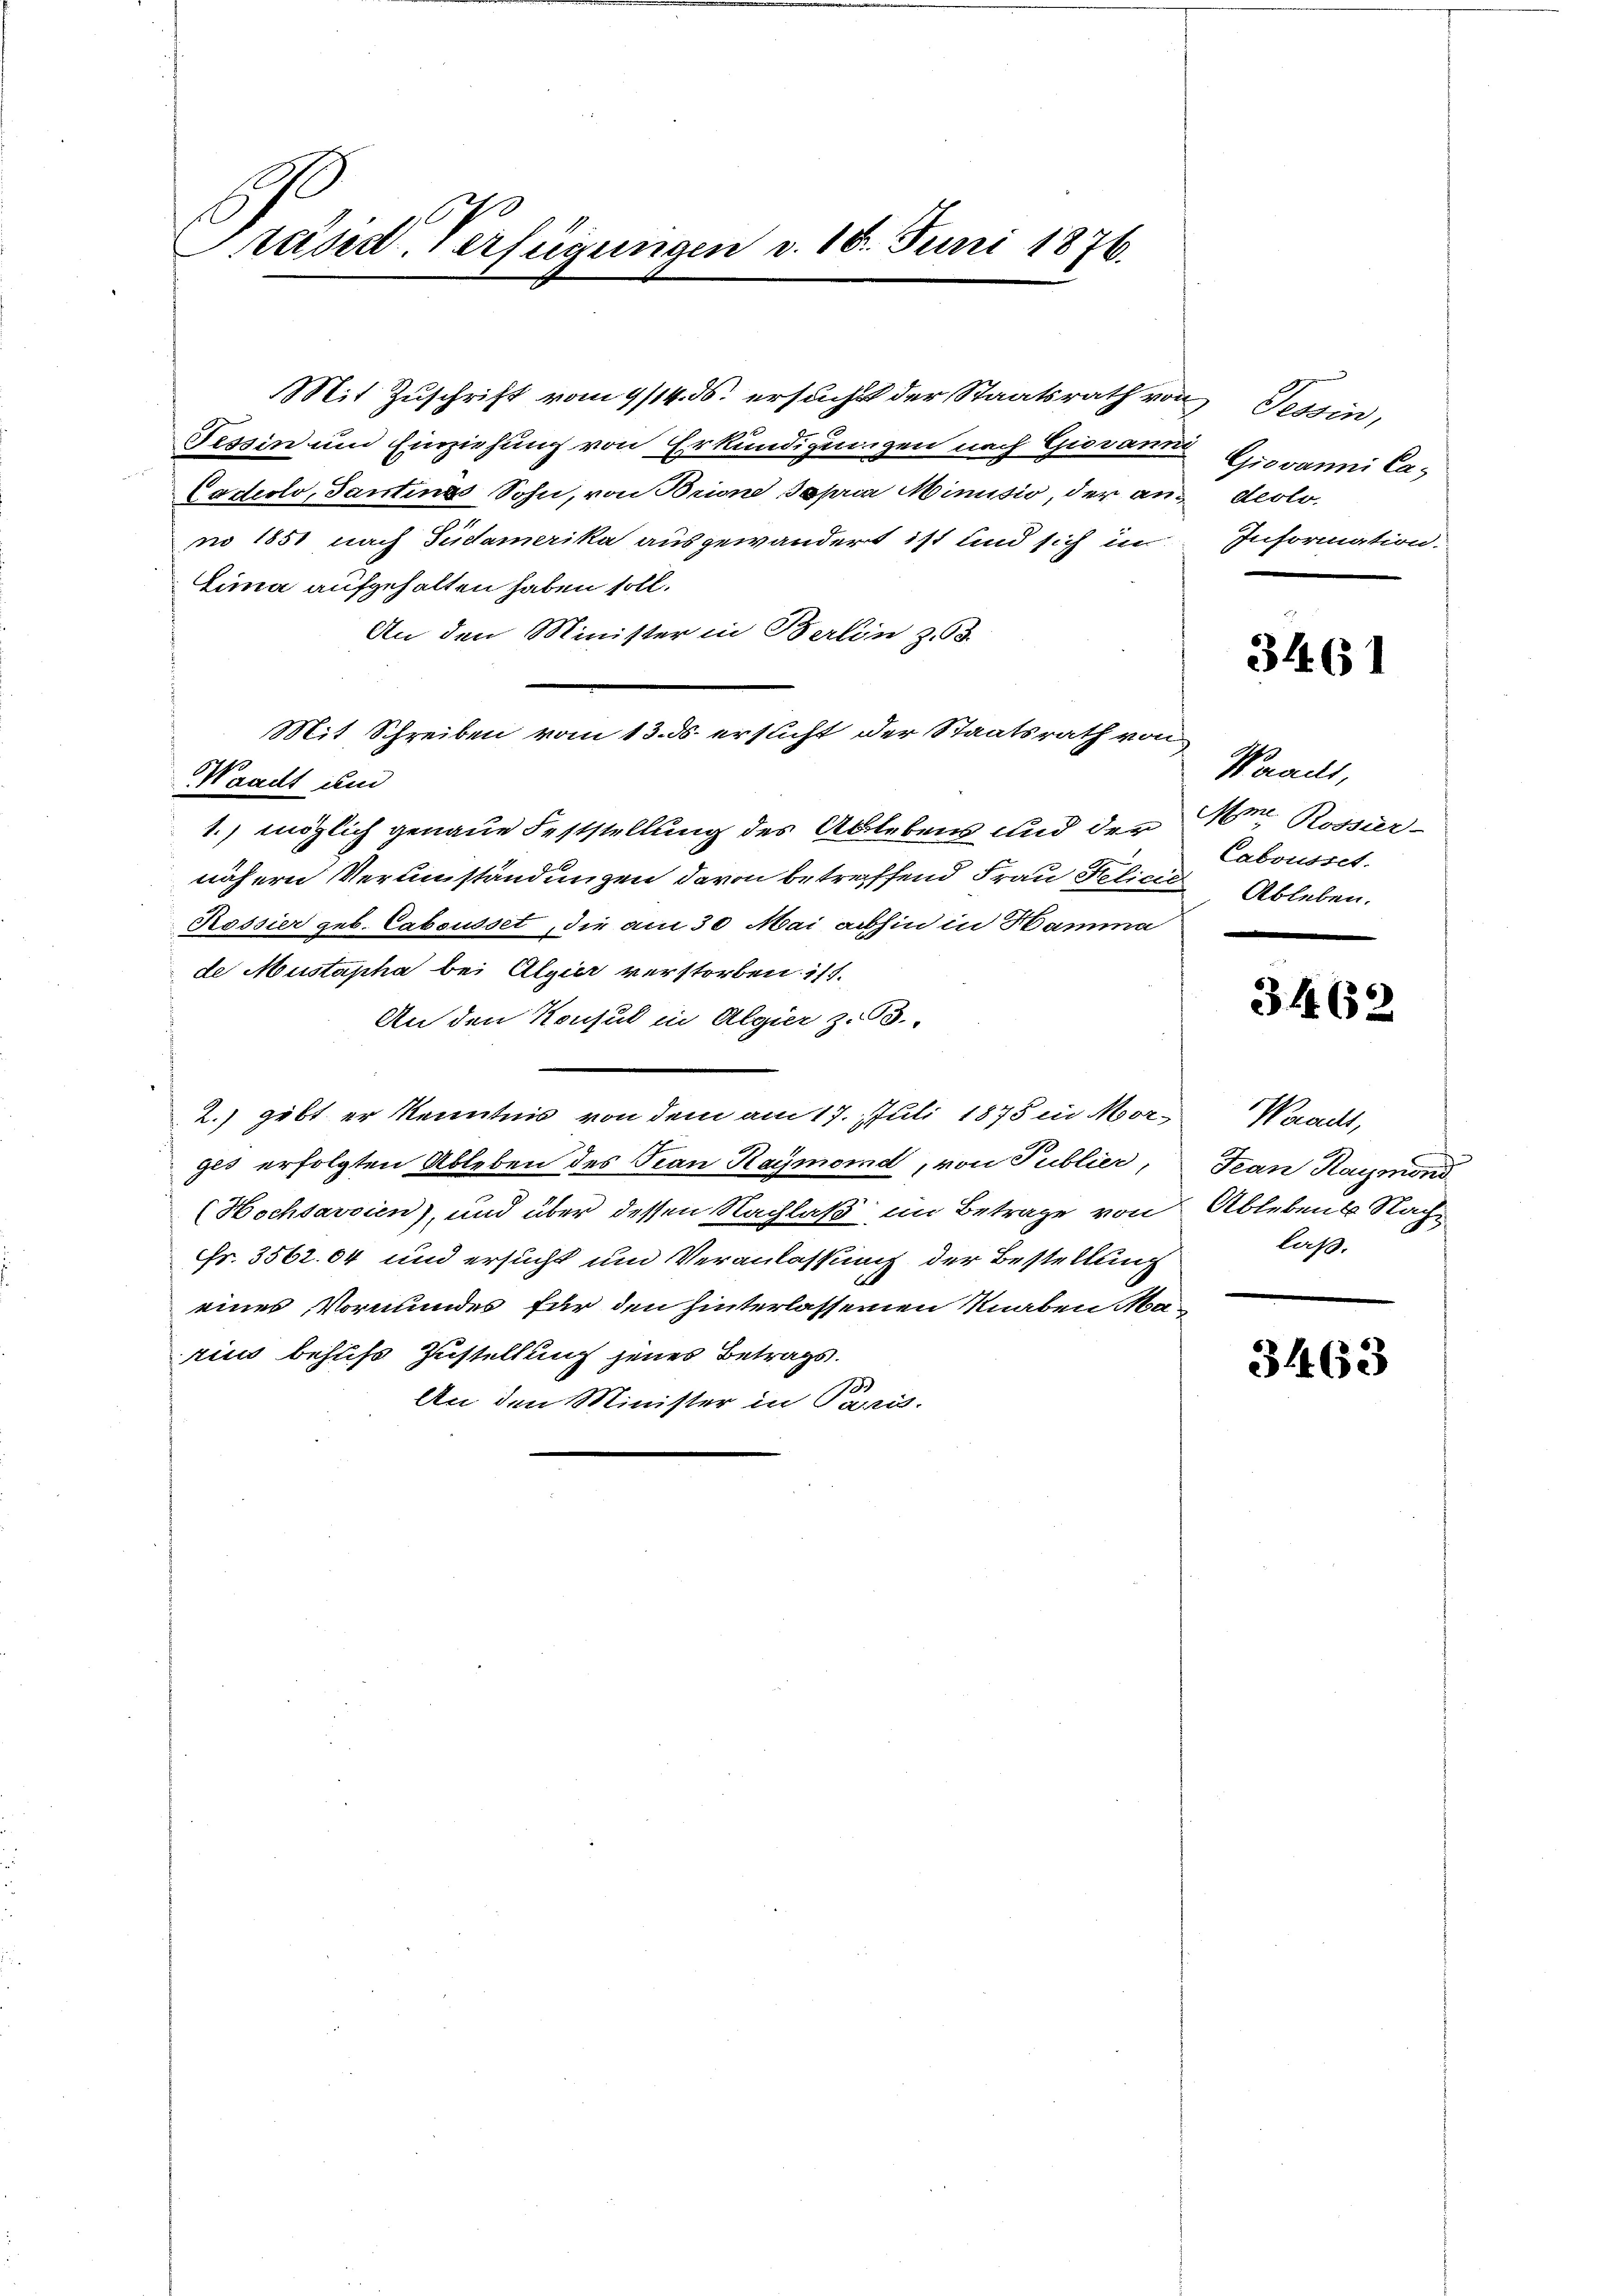
e
1.
Präsid. Verfügungen v. 18. Juni 1876.

Mit Zuschrift vom 9/14. ds. ersucht der Staatsrath von Tessin,
Tessin und Einziehung von Erkundigungen nach Giovanne
Cadicto, Tantinas Sohn, von Brione sopria Minusio, der an¬ deolono 1851 nach Südamerika ausgewandert ist und sich im
Lima aufgehalten haben soll.
An den Minister in Berlin z. B.
Mit Schreiben vom 13. ds ersucht der Staatsrath von
Waadt und
1.) möglich genaue Feststellung des Ablebens und der
nähern Verumständungen davon betreffend Frau Delicit Ableben.
Rossier geb. Cabousset, die am 30. Mai abhin in Hamme
de Mustapha bei Algier verstorben ist.
An den Konsul in Algier z. 63.
2.) gibt er Kenntnis von dem am 17. Juli 1875 in Morgis erfolgten Ableben des Tean Raymond, von Publier,
Hochsavsien), und über dessen Nachlaß im Betrage von
Fr. 3562. 64 und ersucht und Veranlassung der Bestellung
eines Vormundes für den hinterlassenen Knaben Ma-
rius behufs Zustellung jenes Betrags.
I
An den Minister in Paris.

Giovanni Ca¬
Information.

3461

Woraus,
Ame. Rossier-
Cabousset.

3462

Weracht,
Jean Raymond
Ablebens Nachlaß.

3463